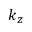
k _ { z }